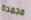
مجمدة